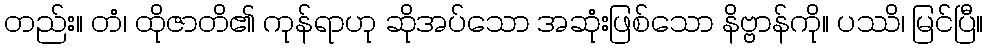
တည်း။ တံ၊ ထိုဇာတိ၏ ကုန်ရာဟု ဆိုအပ်သော အဆုံးဖြစ်သော နိဗ္ဗာန်ကို။ ပဿိ၊ မြင်ပြီ။